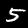
Digit: 5